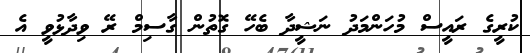
ކުރީގެ ރައީސް މުހަންމަދު ނަޝީދާ ބެހޭ ގޮތުން ގާސިމް ރޭ ވިދާޅުވީ އެ